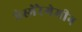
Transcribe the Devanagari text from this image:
ऐस्मेरेगेमीन